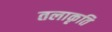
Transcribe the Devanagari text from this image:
तलाकृति